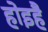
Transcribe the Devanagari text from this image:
होइहै